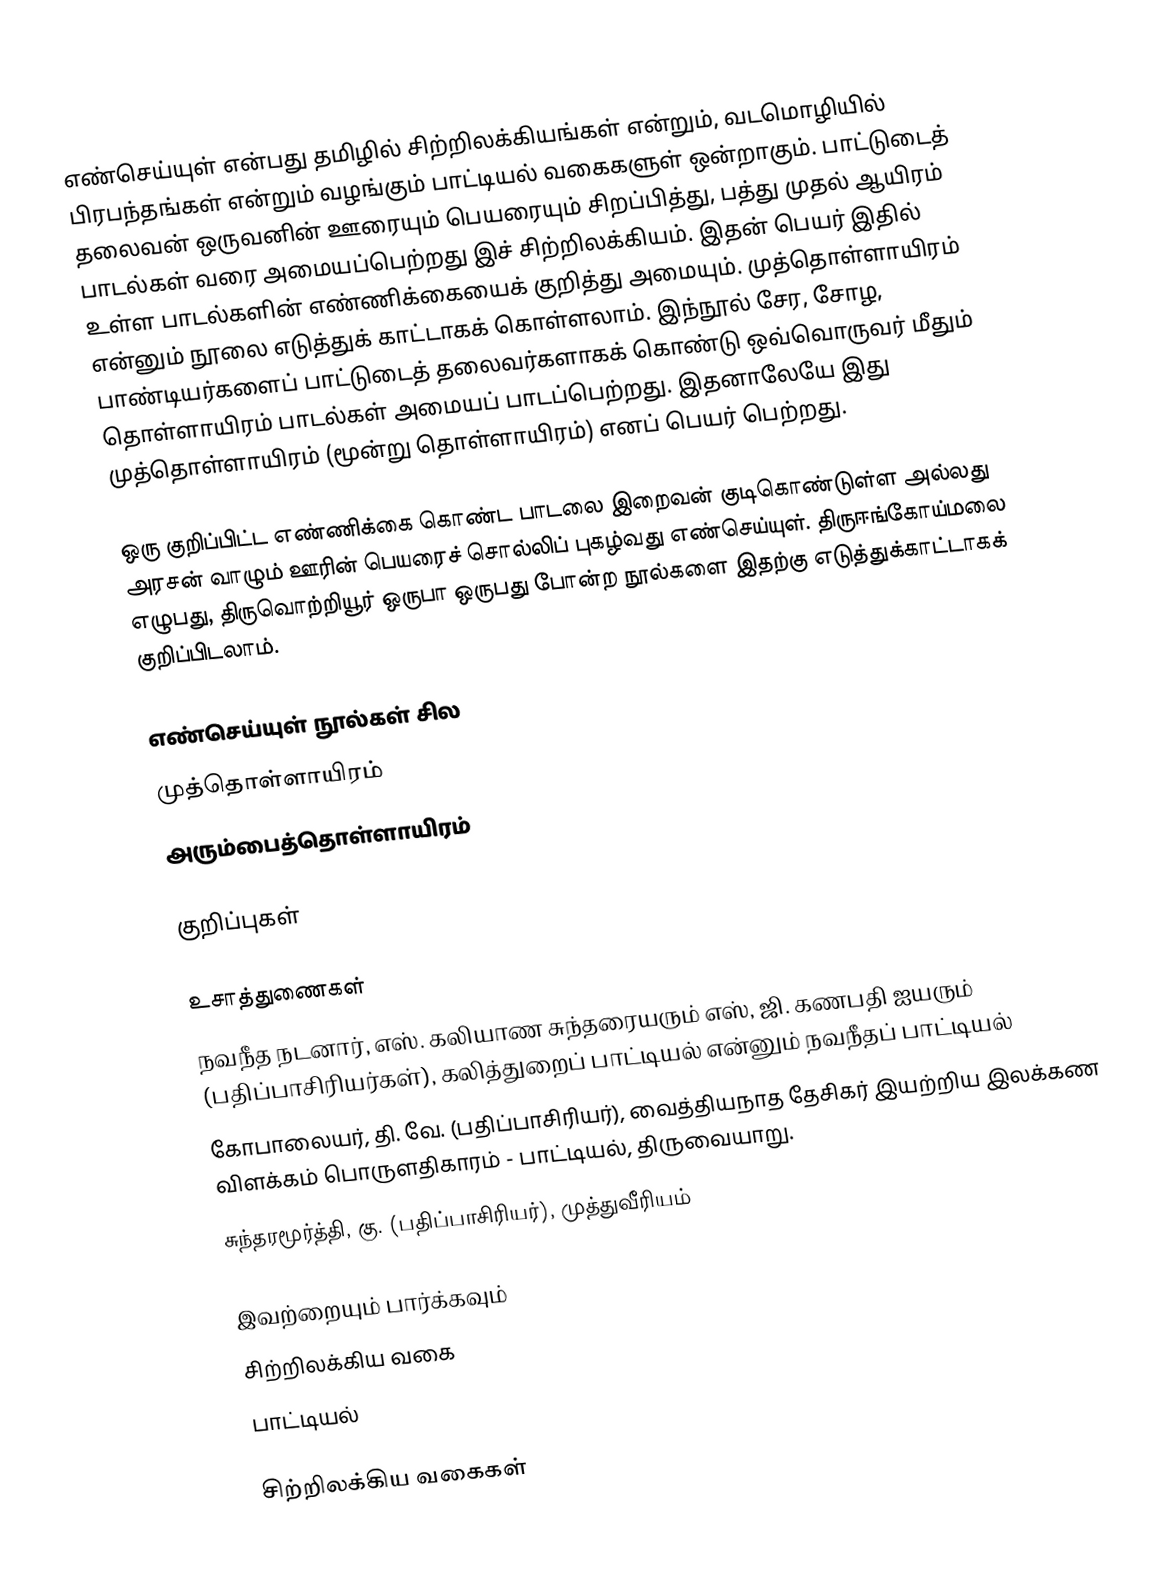
எண்செய்யுள் என்பது தமிழில் சிற்றிலக்கியங்கள் என்றும், வடமொழியில் பிரபந்தங்கள் என்றும் வழங்கும் பாட்டியல் வகைகளுள் ஒன்றாகும். பாட்டுடைத் தலைவன் ஒருவனின் ஊரையும் பெயரையும் சிறப்பித்து, பத்து முதல் ஆயிரம் பாடல்கள் வரை அமையப்பெற்றது இச் சிற்றிலக்கியம். இதன் பெயர் இதில் உள்ள பாடல்களின் எண்ணிக்கையைக் குறித்து அமையும். முத்தொள்ளாயிரம் என்னும் நூலை எடுத்துக் காட்டாகக் கொள்ளலாம். இந்நூல் சேர, சோழ, பாண்டியர்களைப் பாட்டுடைத் தலைவர்களாகக் கொண்டு ஒவ்வொருவர் மீதும் தொள்ளாயிரம் பாடல்கள் அமையப் பாடப்பெற்றது. இதனாலேயே இது முத்தொள்ளாயிரம் (மூன்று தொள்ளாயிரம்) எனப் பெயர் பெற்றது.

ஒரு குறிப்பிட்ட எண்ணிக்கை கொண்ட பாடலை இறைவன் குடிகொண்டுள்ள அல்லது அரசன் வாழும் ஊரின் பெயரைச் சொல்லிப் புகழ்வது எண்செய்யுள்.   திருஈங்கோய்மலை எழுபது, திருவொற்றியூர் ஒருபா ஒருபது போன்ற நூல்களை இதற்கு எடுத்துக்காட்டாகக் குறிப்பிடலாம்.

எண்செய்யுள் நூல்கள் சில
 முத்தொள்ளாயிரம்
 அரும்பைத்தொள்ளாயிரம்

குறிப்புகள்

உசாத்துணைகள்
 நவநீத நடனார், எஸ். கலியாண சுந்தரையரும் எஸ், ஜி. கணபதி ஐயரும் (பதிப்பாசிரியர்கள்), கலித்துறைப் பாட்டியல் என்னும் நவநீதப் பாட்டியல்
 கோபாலையர், தி. வே. (பதிப்பாசிரியர்), வைத்தியநாத தேசிகர் இயற்றிய இலக்கண விளக்கம் பொருளதிகாரம் - பாட்டியல், திருவையாறு.
 சுந்தரமூர்த்தி, கு. (பதிப்பாசிரியர்), முத்துவீரியம்

இவற்றையும் பார்க்கவும்
 சிற்றிலக்கிய வகை
 பாட்டியல்

சிற்றிலக்கிய வகைகள்